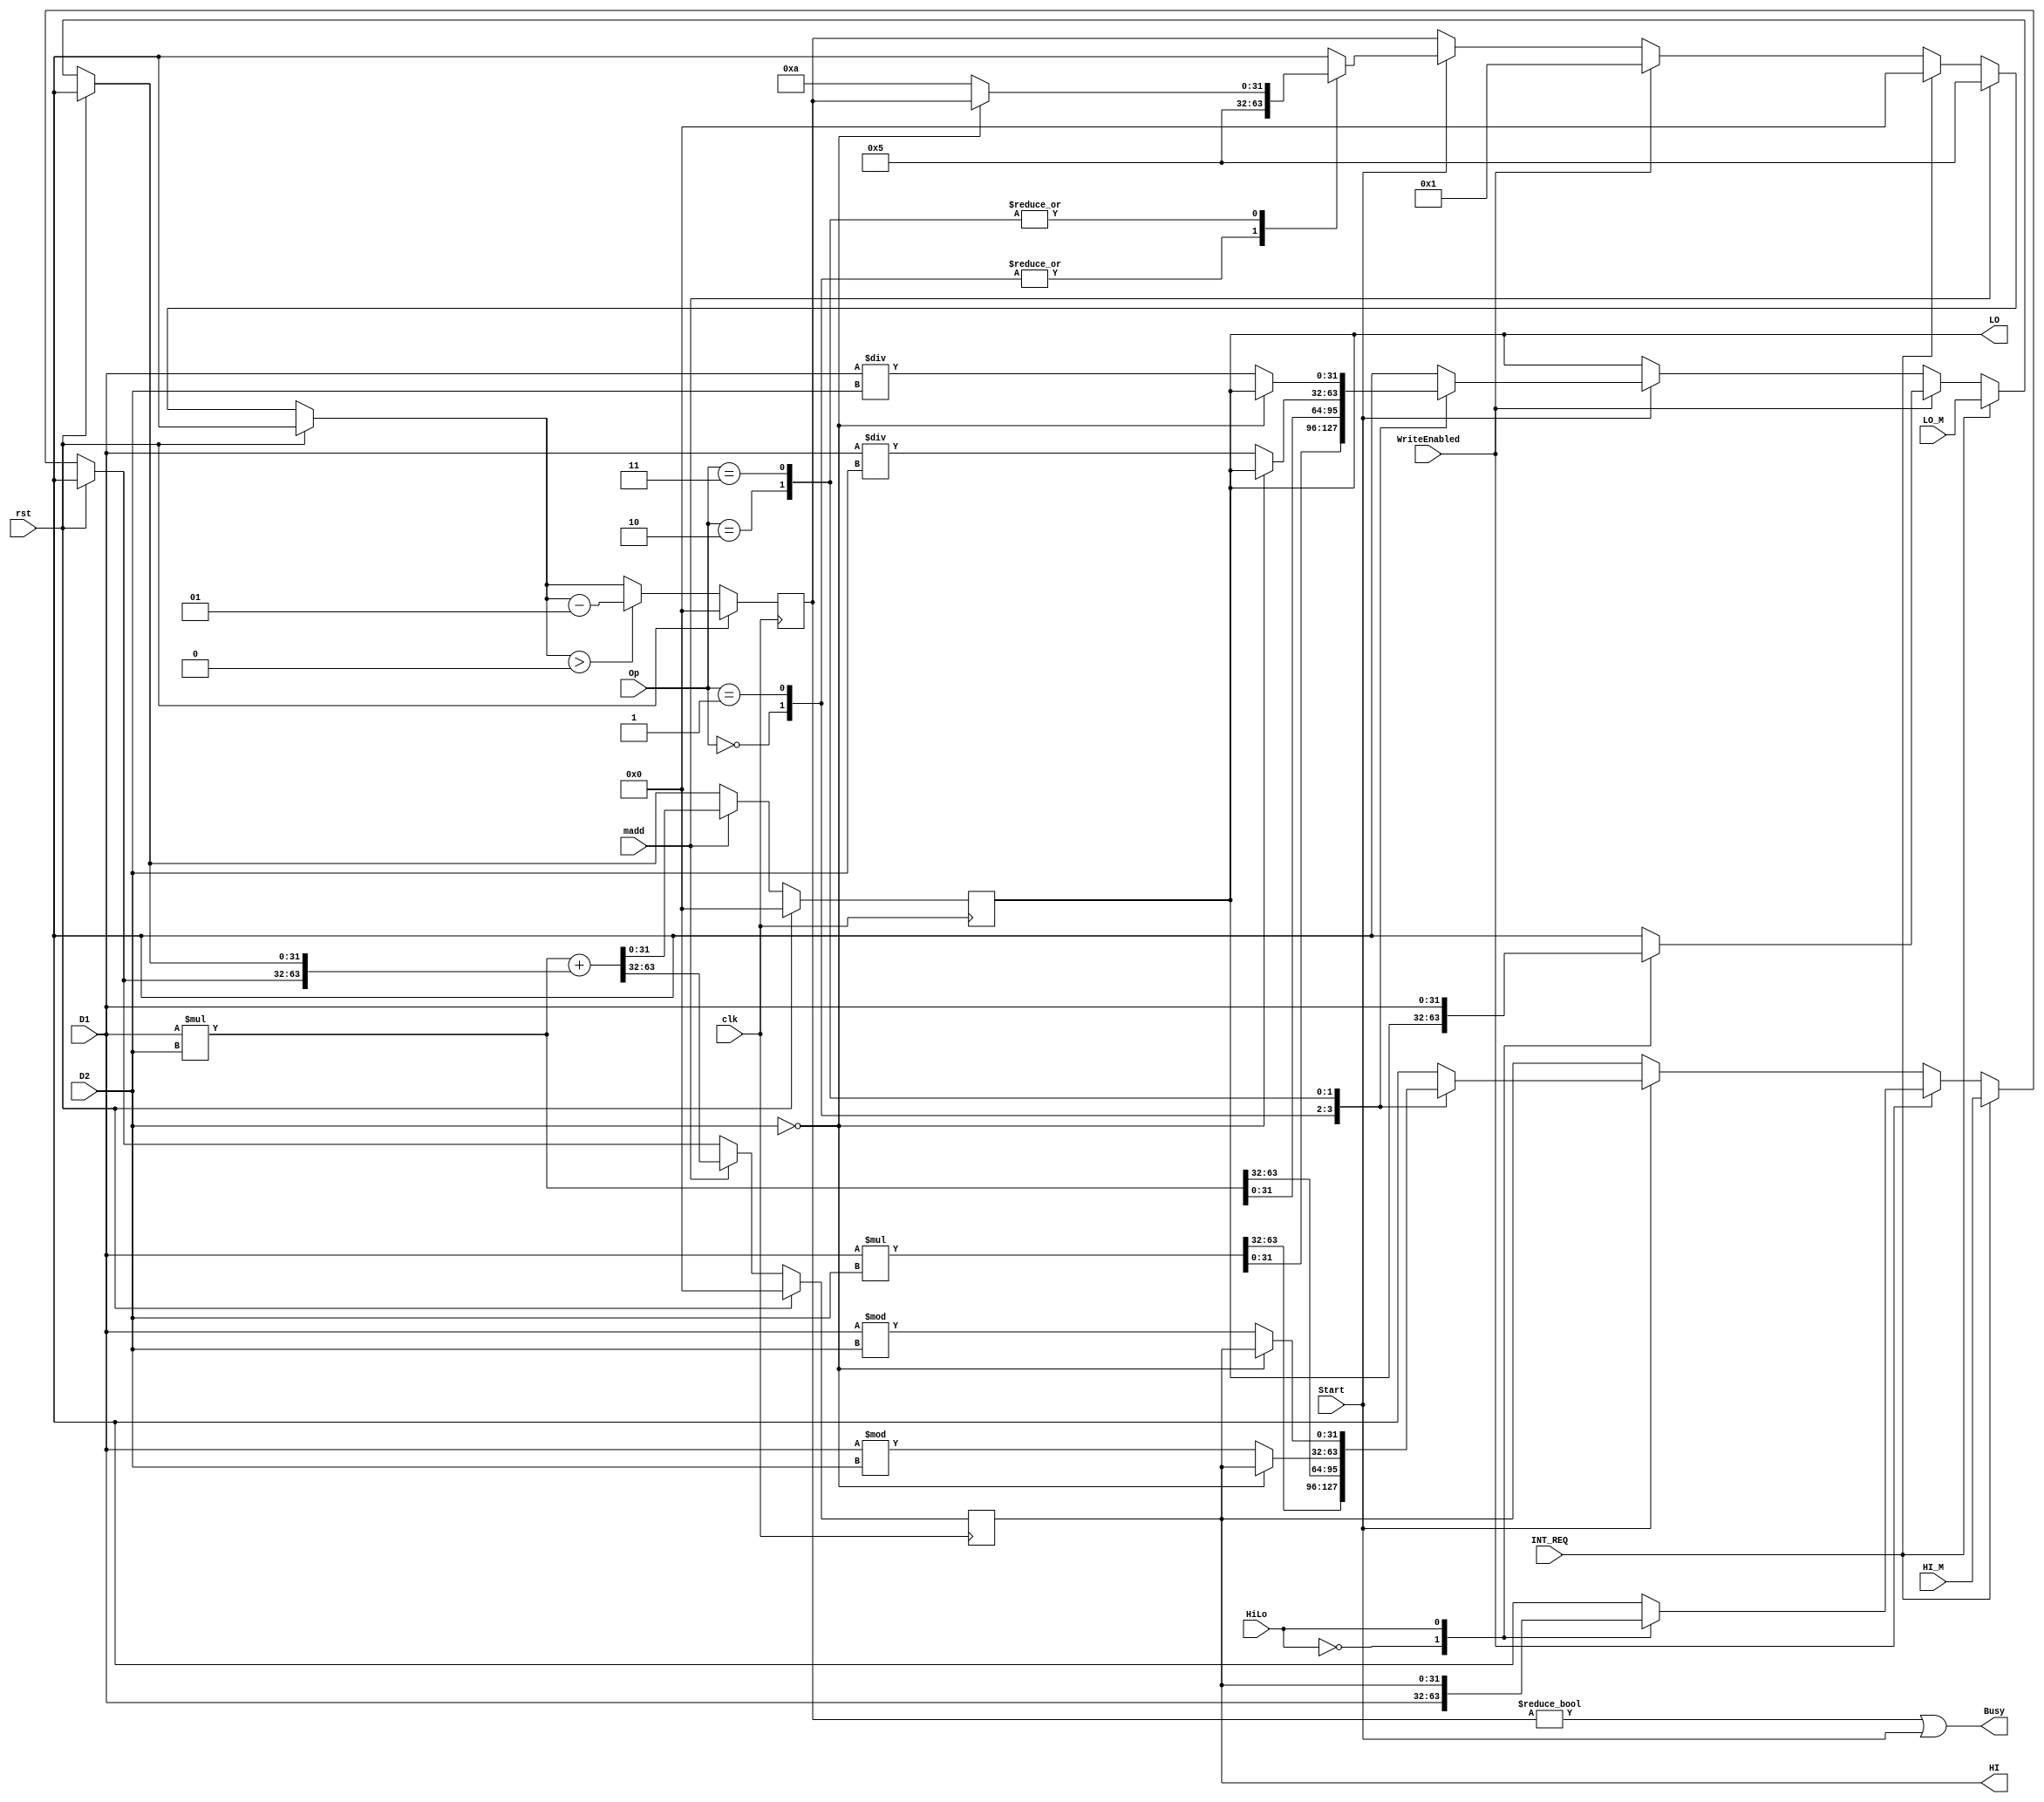
`timescale 1ns / 1ps
//////////////////////////////////////////////////////////////////////////////////
// Company: 
// Engineer: 
// 
// Design Name: 
// Module Name:    mdu 
// Project Name: 
// Target Devices: 
// Tool versions: 
// Description: 
//
// Dependencies: 
//
// Revision: 
// Revision 0.01 - File Created
// Additional Comments: 
//
//////////////////////////////////////////////////////////////////////////////////
module mdu(
    input  [31:0] D1,
    input  [31:0] D2,
    input  HiLo,
    input  [1:0] Op,
    input  Start,
    input  WriteEnabled,	 
    output Busy,
	 input  madd,
    output   [31:0] HI,
    output   [31:0] LO,
    input clk,
    input rst,
	 input INT_REQ,
	 input [31:0] HI_M, LO_M
    );
	 
	 reg [63:0] temp1,temp2;
	 reg [63:0] temp;
	 
	 integer delay = 0;
	 
	 reg [31:0] MDu[1:0];
	 
	 initial begin 
		MDu[0]=0; 
		MDu[1]=0;
	 end
	 
	 assign Busy = (delay != 0 || Start);
	 always @(posedge clk) begin
		if(rst) begin
			MDu[0]=0; MDu[1]=0;
			delay=0;
			end
		else begin 
			if(INT_REQ) begin
				MDu[0] = HI_M;
				MDu[1] = LO_M;
				delay = 0;
			end
			else if(WriteEnabled) begin
				case(HiLo)
					1'b0 : MDu[0] = D1;
					1'b1 : MDu[1] = D1;
				endcase
				delay=1;
			end
			else if(Start)
				case (Op)
					2'b00 : 
					begin 
						{ MDu[0], MDu[1]} = D1*D2; delay=5; 
					end    //delay=5 
					2'b01 : 
					begin 
						{ MDu[0], MDu[1]} = $signed(D1)*$signed(D2);  
						delay=5; 
					end
					2'b10 : 
					begin  
						if(D2==0) begin
							
						end
						else begin
							MDu[0] = D1%D2;  
							MDu[1]= D1/D2; 
							delay=10;  
						end
					end //delay=10 
					2'b11 : 
					begin  
					if(D2==0) begin
							
					end
					else begin
						MDu[0] = $signed(D1)%$signed(D2); 
						MDu[1] = $signed(D1)/$signed(D2); 
						delay=10; 
					end
					end
				endcase   
				if(madd) begin 
					temp1= $signed(D1)*$signed(D2);
					temp2={MDu[0], MDu[1]};
					temp=temp1+temp2;
					MDu[0] =temp[63:32];
					MDu[1] =temp[31:0];
											
								/* {MDu[0],Mdu[1]}=$signed(D1)*$signed(D2)+{MDu[0], MDu[1]} */
											
					delay=5;
					end
				if(delay>0)
					delay = delay-1;						
				end
	 end
	 
	 assign HI=MDu[0];
	 assign LO=MDu[1];

endmodule